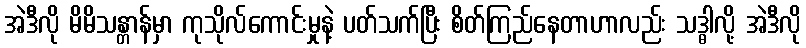
အဲဒီလို မိမိသန္တာန်မှာ ကုသိုလ်ကောင်းမှုနဲ့ ပတ်သက်ပြီး စိတ်ကြည်နေတာဟာလည်း သဒ္ဓါလို့ အဲဒီလို